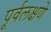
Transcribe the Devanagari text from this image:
पूर्वलक्षणे